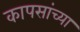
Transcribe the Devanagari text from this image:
कापसांच्या